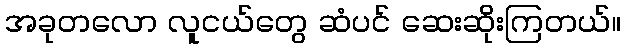
အခုတလော လူငယ်တွေ ဆံပင် ဆေးဆိုးကြတယ်။